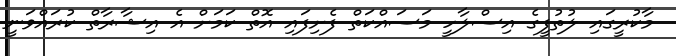
މާކުރީގައި ލުތުފީގެ އިސްލާހީ މަސައްކަތް ފެށިފައި އޮތް ކަމަށް އެ އިޝާރާތް ކުރައްވަނީ